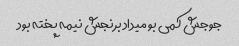
جوجش کمی بو میداد برنجش نیمه پخته بود